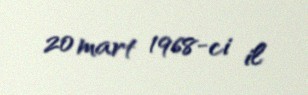
20 mart 1968-ci il